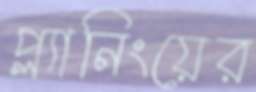
প্ল্যানিংয়ের